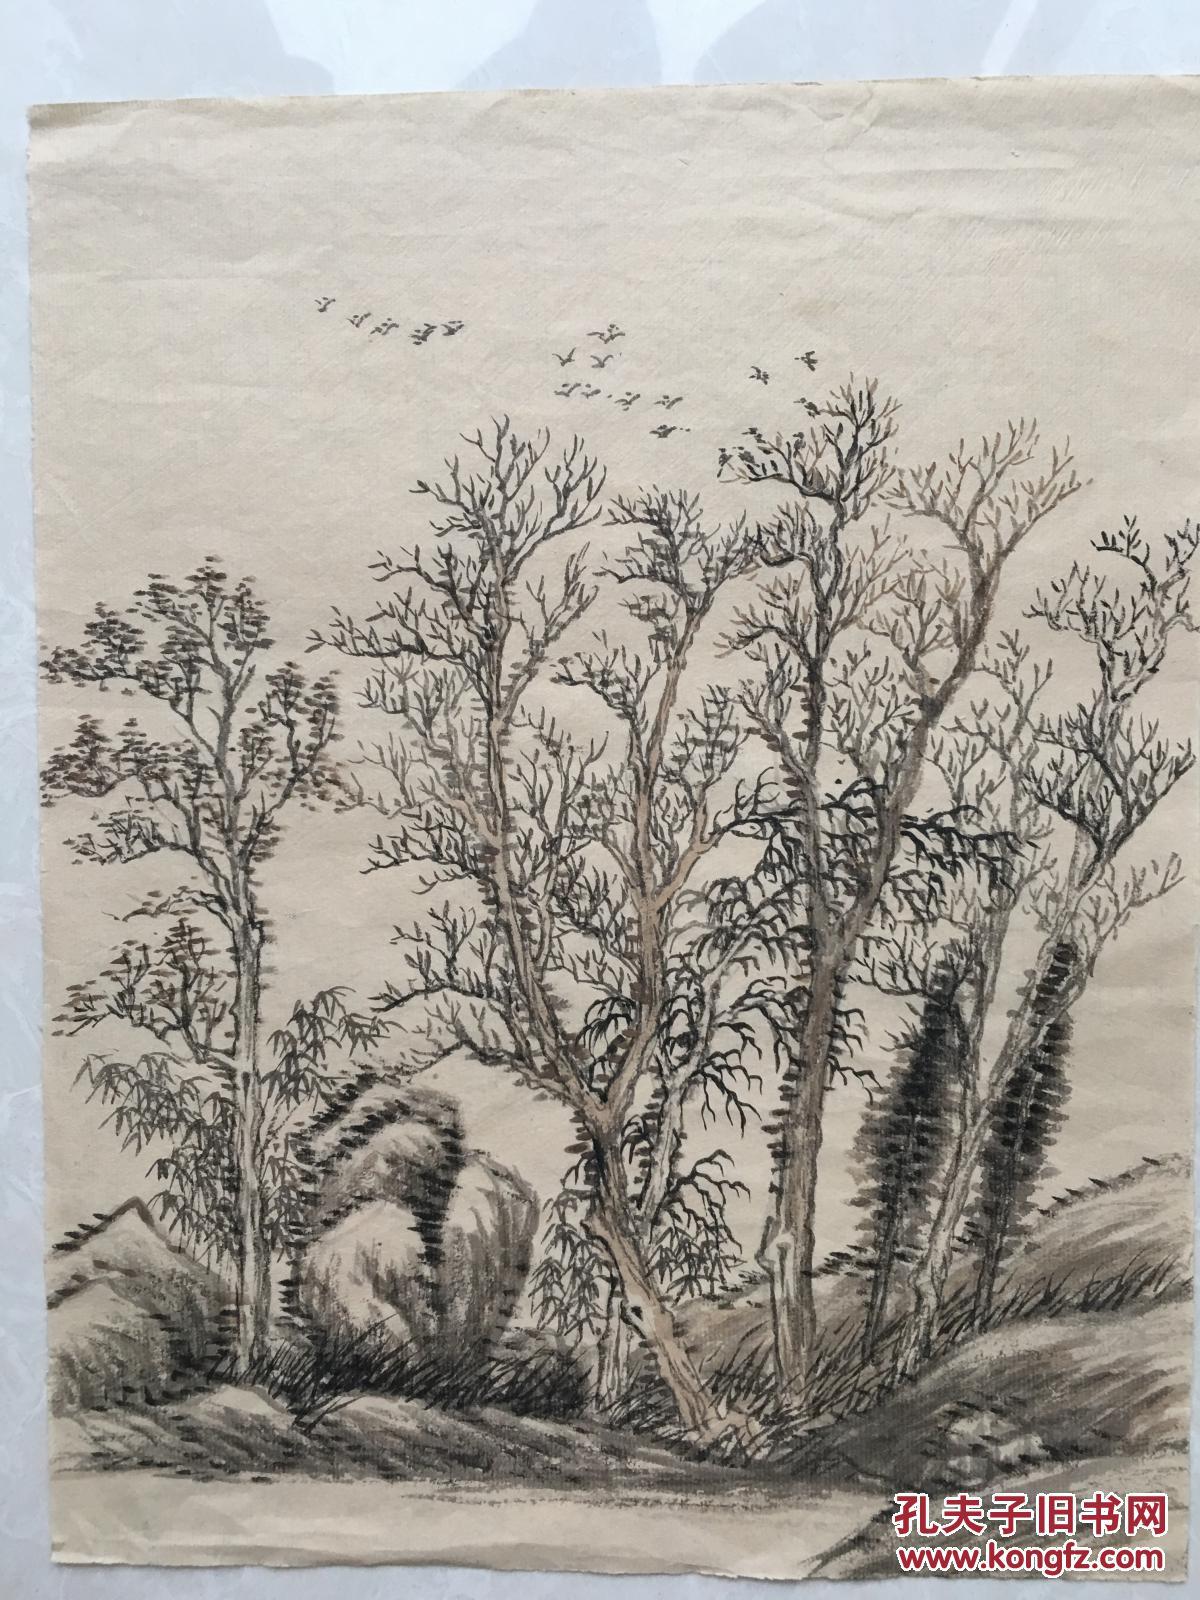
那里有闹红尘香车宝马？祗不过送黄昏古木寒鸦。